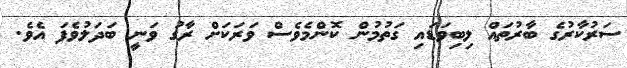
ސަރުކާރުގެ ބާރުތައް ލިބިވަޑައި ގަތުމުން ކޮންމެވެސް ވަރަކަށް ރާގު ވަނީ ބަދަލުވެފަ އެވެ.